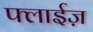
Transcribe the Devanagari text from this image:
फ्लाईज़